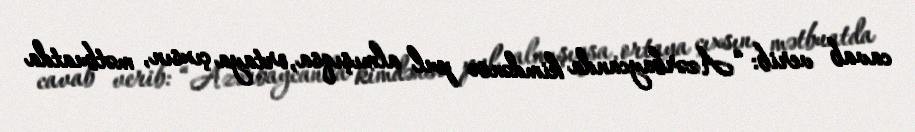
cavab verib: “Azərbaycanda kimdənsə pul almışıqsa, ortaya çıxsın, mətbuatda